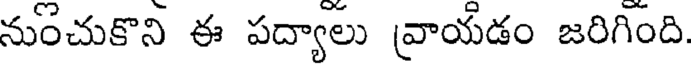
నుంచుకొని ఈ పద్యాలు (వాయడం జరిగింది.